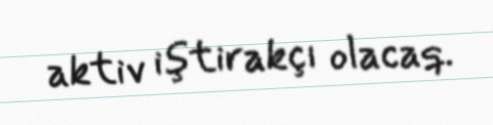
aktiv iştirakçı olacaq.